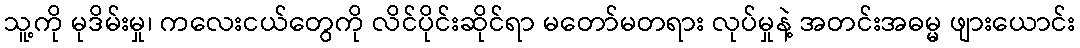
သူ့ကို မုဒိမ်းမှု၊ ကလေးငယ်တွေကို လိင်ပိုင်းဆိုင်ရာ မတော်မတရား လုပ်မှုနဲ့ အတင်းအဓမ္မ ဖျားယောင်း